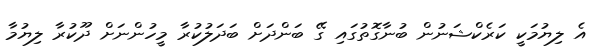
އެ ލިޔުމަކީ ކަރެކްޝަނުން ބުނާގޮތުގައި ގޭ ބަންދަށް ބަދަލުކުރާ މީހުންނަށް ދޫކުރާ ލިޔުމާ